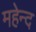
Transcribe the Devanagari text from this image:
महेन्द